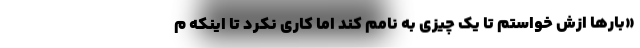
«بارها ازش خواستم تا یک چیزی به نامم کند اما کاری نکرد تا اینکه م